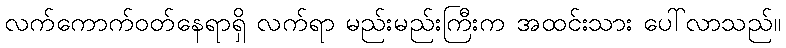
လက်ကောက်ဝတ်နေရာရှိ လက်ရာ မည်းမည်းကြီးက အထင်းသား ပေါ်လာသည်။